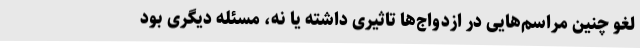
لغو چنین مراسم‌هایی در ازدواج‌ها تاثیری داشته یا نه، مسئله دیگری بود